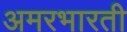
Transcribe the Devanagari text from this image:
अमरभारती